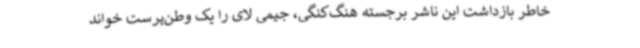
خاطر بازداشت این ناشر برجسته هنگ‌کنگی، جیمی لای را یک وطن‌پرست خواند